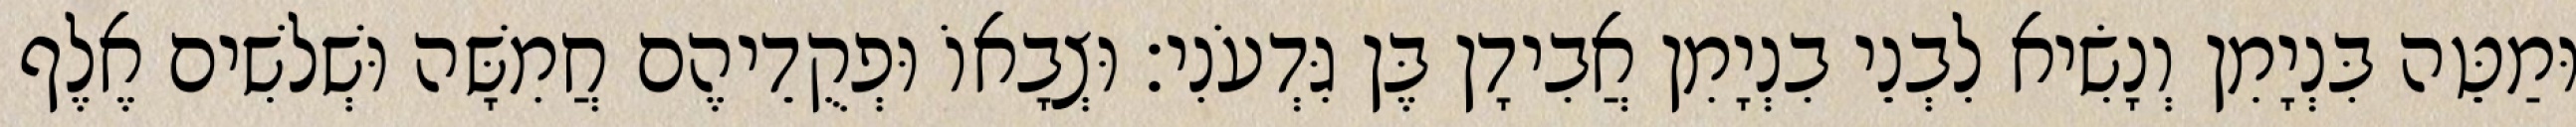
וּמַטֵּה בִּנְיָמִן וְנָשִׂיא לִבְנֵי בִנְיָמִן אֲבִידָן בֶּן גִּדְעֹנִי׃ וּצְבָאוֹ וּפְקֻדֵיהֶם חֲמִשָּׁה וּשְׁלשִׁים אֶלֶף